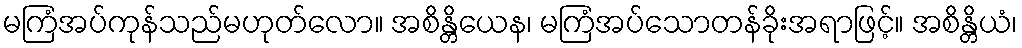
မကြံအပ်ကုန်သည်မဟုတ်လော။ အစိန္တိယေန၊ မကြံအပ်သောတန်ခိုးအရာဖြင့်။ အစိန္တိယံ၊